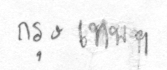
กรุงเทพฯ